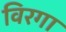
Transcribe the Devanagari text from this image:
विरगा